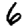
Digit: 6